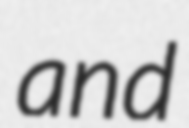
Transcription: and